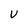
Character: U